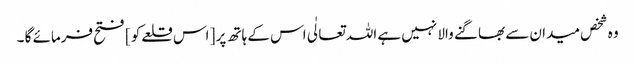
وہ شخص میدان سے بھاگنے والا نہیں ہے اللہ تعالٰی اس کے ہاتھ پر [ اس قلعےکو ] فتح فرمائے گا ۔